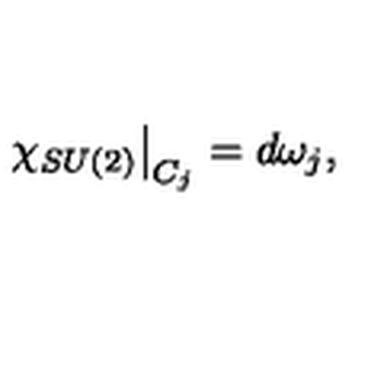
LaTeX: \left. \chi _ { S U ( 2 ) } \right| _ { C _ { j } } = d \omega _ { j } ,